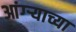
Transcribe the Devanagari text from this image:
आंग्र्‍याच्या